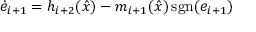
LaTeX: { \dot { e } } _ { i + 1 } = h _ { i + 2 } ( { \hat { x } } ) - m _ { i + 1 } ( { \hat { x } } ) \operatorname { s g n } ( e _ { i + 1 } )